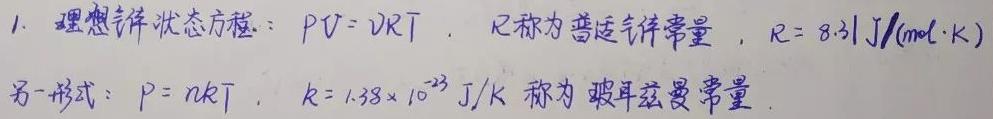
1. 理想气体状态方程：$PV = \nu RT$，$R$称为普适气体常量，$R = 8.31\ J/(mol\cdot K)$
另一形式：$P = nkT$，$k = 1.38\times 10^{-23}\ J/K$称为玻耳兹曼常量.